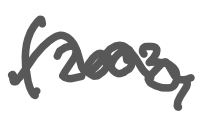
Text: (2003,
Cross-out: wave
Writing tool: digital_gray